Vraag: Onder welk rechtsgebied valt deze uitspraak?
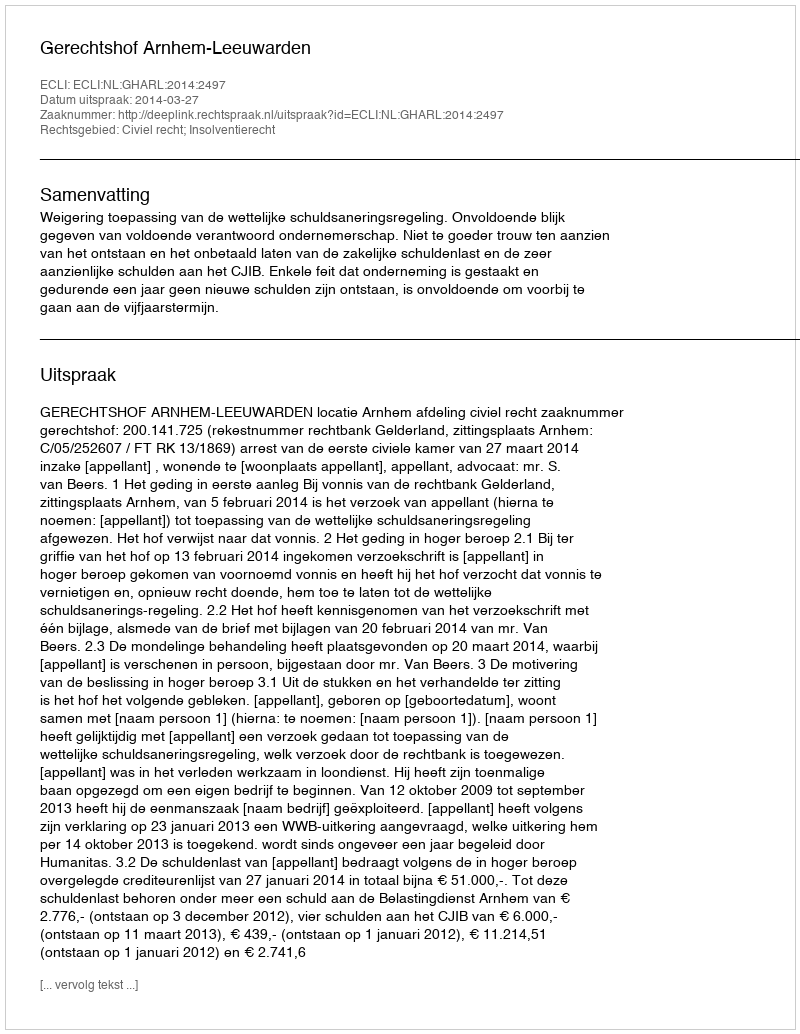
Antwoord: Civiel recht; Insolventierecht